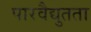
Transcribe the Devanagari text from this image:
पारवैद्युतता